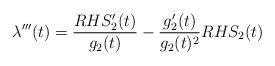
LaTeX: \begin{align*} \lambda'''(t) = \frac{RHS_{2}'(t)}{g_{2}(t)}-\frac{g_{2}'(t)}{g_{2}(t)^{2}} RHS_{2}(t)\end{align*}